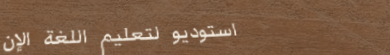
استوديو لتعليم اللغة الإن